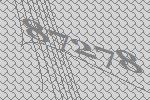
87278